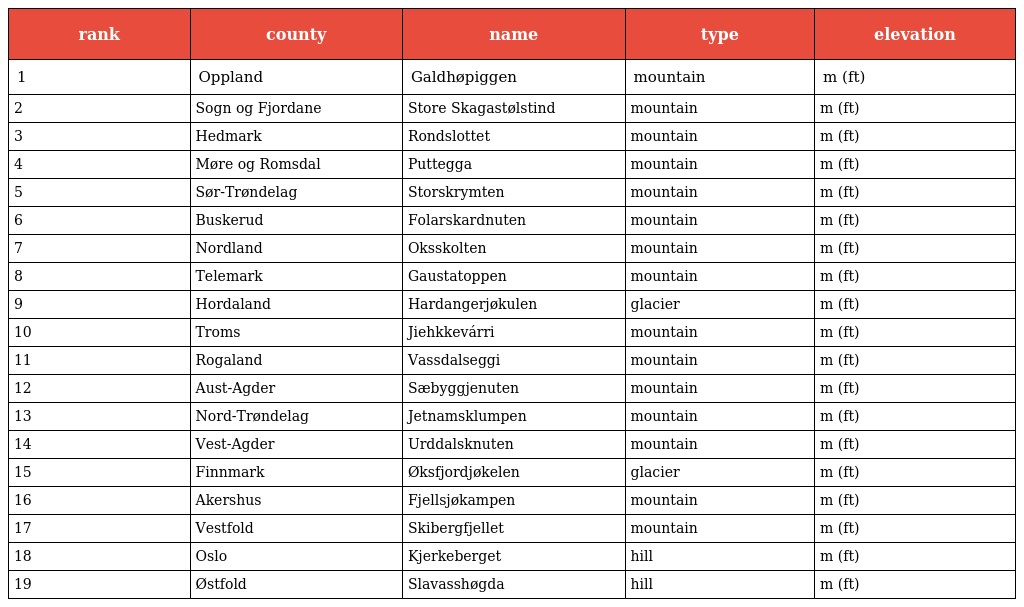
| rank | county | name | type | elevation |
 | --- | --- | --- | --- | --- |
 | 1 | Oppland | Galdhøpiggen | mountain | m (ft) |
 | 2 | Sogn og Fjordane | Store Skagastølstind | mountain | m (ft) |
 | 3 | Hedmark | Rondslottet | mountain | m (ft) |
 | 4 | Møre og Romsdal | Puttegga | mountain | m (ft) |
 | 5 | Sør-Trøndelag | Storskrymten | mountain | m (ft) |
 | 6 | Buskerud | Folarskardnuten | mountain | m (ft) |
 | 7 | Nordland | Oksskolten | mountain | m (ft) |
 | 8 | Telemark | Gaustatoppen | mountain | m (ft) |
 | 9 | Hordaland | Hardangerjøkulen | glacier | m (ft) |
 | 10 | Troms | Jiehkkevárri | mountain | m (ft) |
 | 11 | Rogaland | Vassdalseggi | mountain | m (ft) |
 | 12 | Aust-Agder | Sæbyggjenuten | mountain | m (ft) |
 | 13 | Nord-Trøndelag | Jetnamsklumpen | mountain | m (ft) |
 | 14 | Vest-Agder | Urddalsknuten | mountain | m (ft) |
 | 15 | Finnmark | Øksfjordjøkelen | glacier | m (ft) |
 | 16 | Akershus | Fjellsjøkampen | mountain | m (ft) |
 | 17 | Vestfold | Skibergfjellet | mountain | m (ft) |
 | 18 | Oslo | Kjerkeberget | hill | m (ft) |
 | 19 | Østfold | Slavasshøgda | hill | m (ft) |